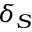
\delta _ { S }